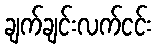
ချက်ချင်းလက်ငင်း